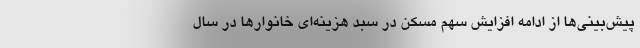
پیش‌بینی‌ها از ادامه افزایش سهم مسکن در سبد هزینه‌ای خانوارها در سال